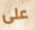
على